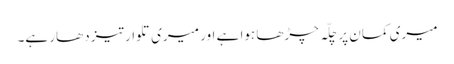
میری کمان پر چلّہ چڑھا ہوا ہے اور میری تلوار تیز دھار ہے۔